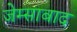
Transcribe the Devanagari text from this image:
जेम्साबाद